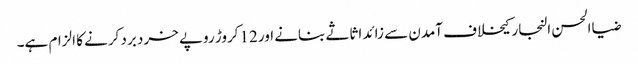
ضیاالحسن النجار کیخلاف آمدن سے زائد اثاثے بنانے اور 12کروڑ روپے خرد برد کرنے کا الزام ہے۔